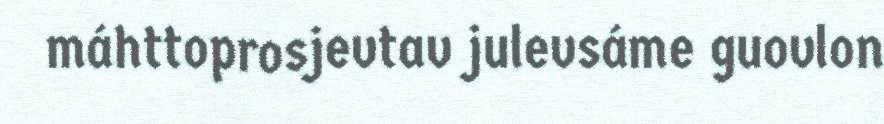
máhttoprosjevtav julevsáme guovlon